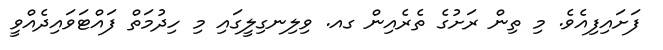
ފަށައިފިއެވެ. މި ތިން ރަށުގެ ތެރެއިން ގއ. ވިލިނގިލީގައި މި ހިދުމަތް ފައްޓަވައިދެއްވީ